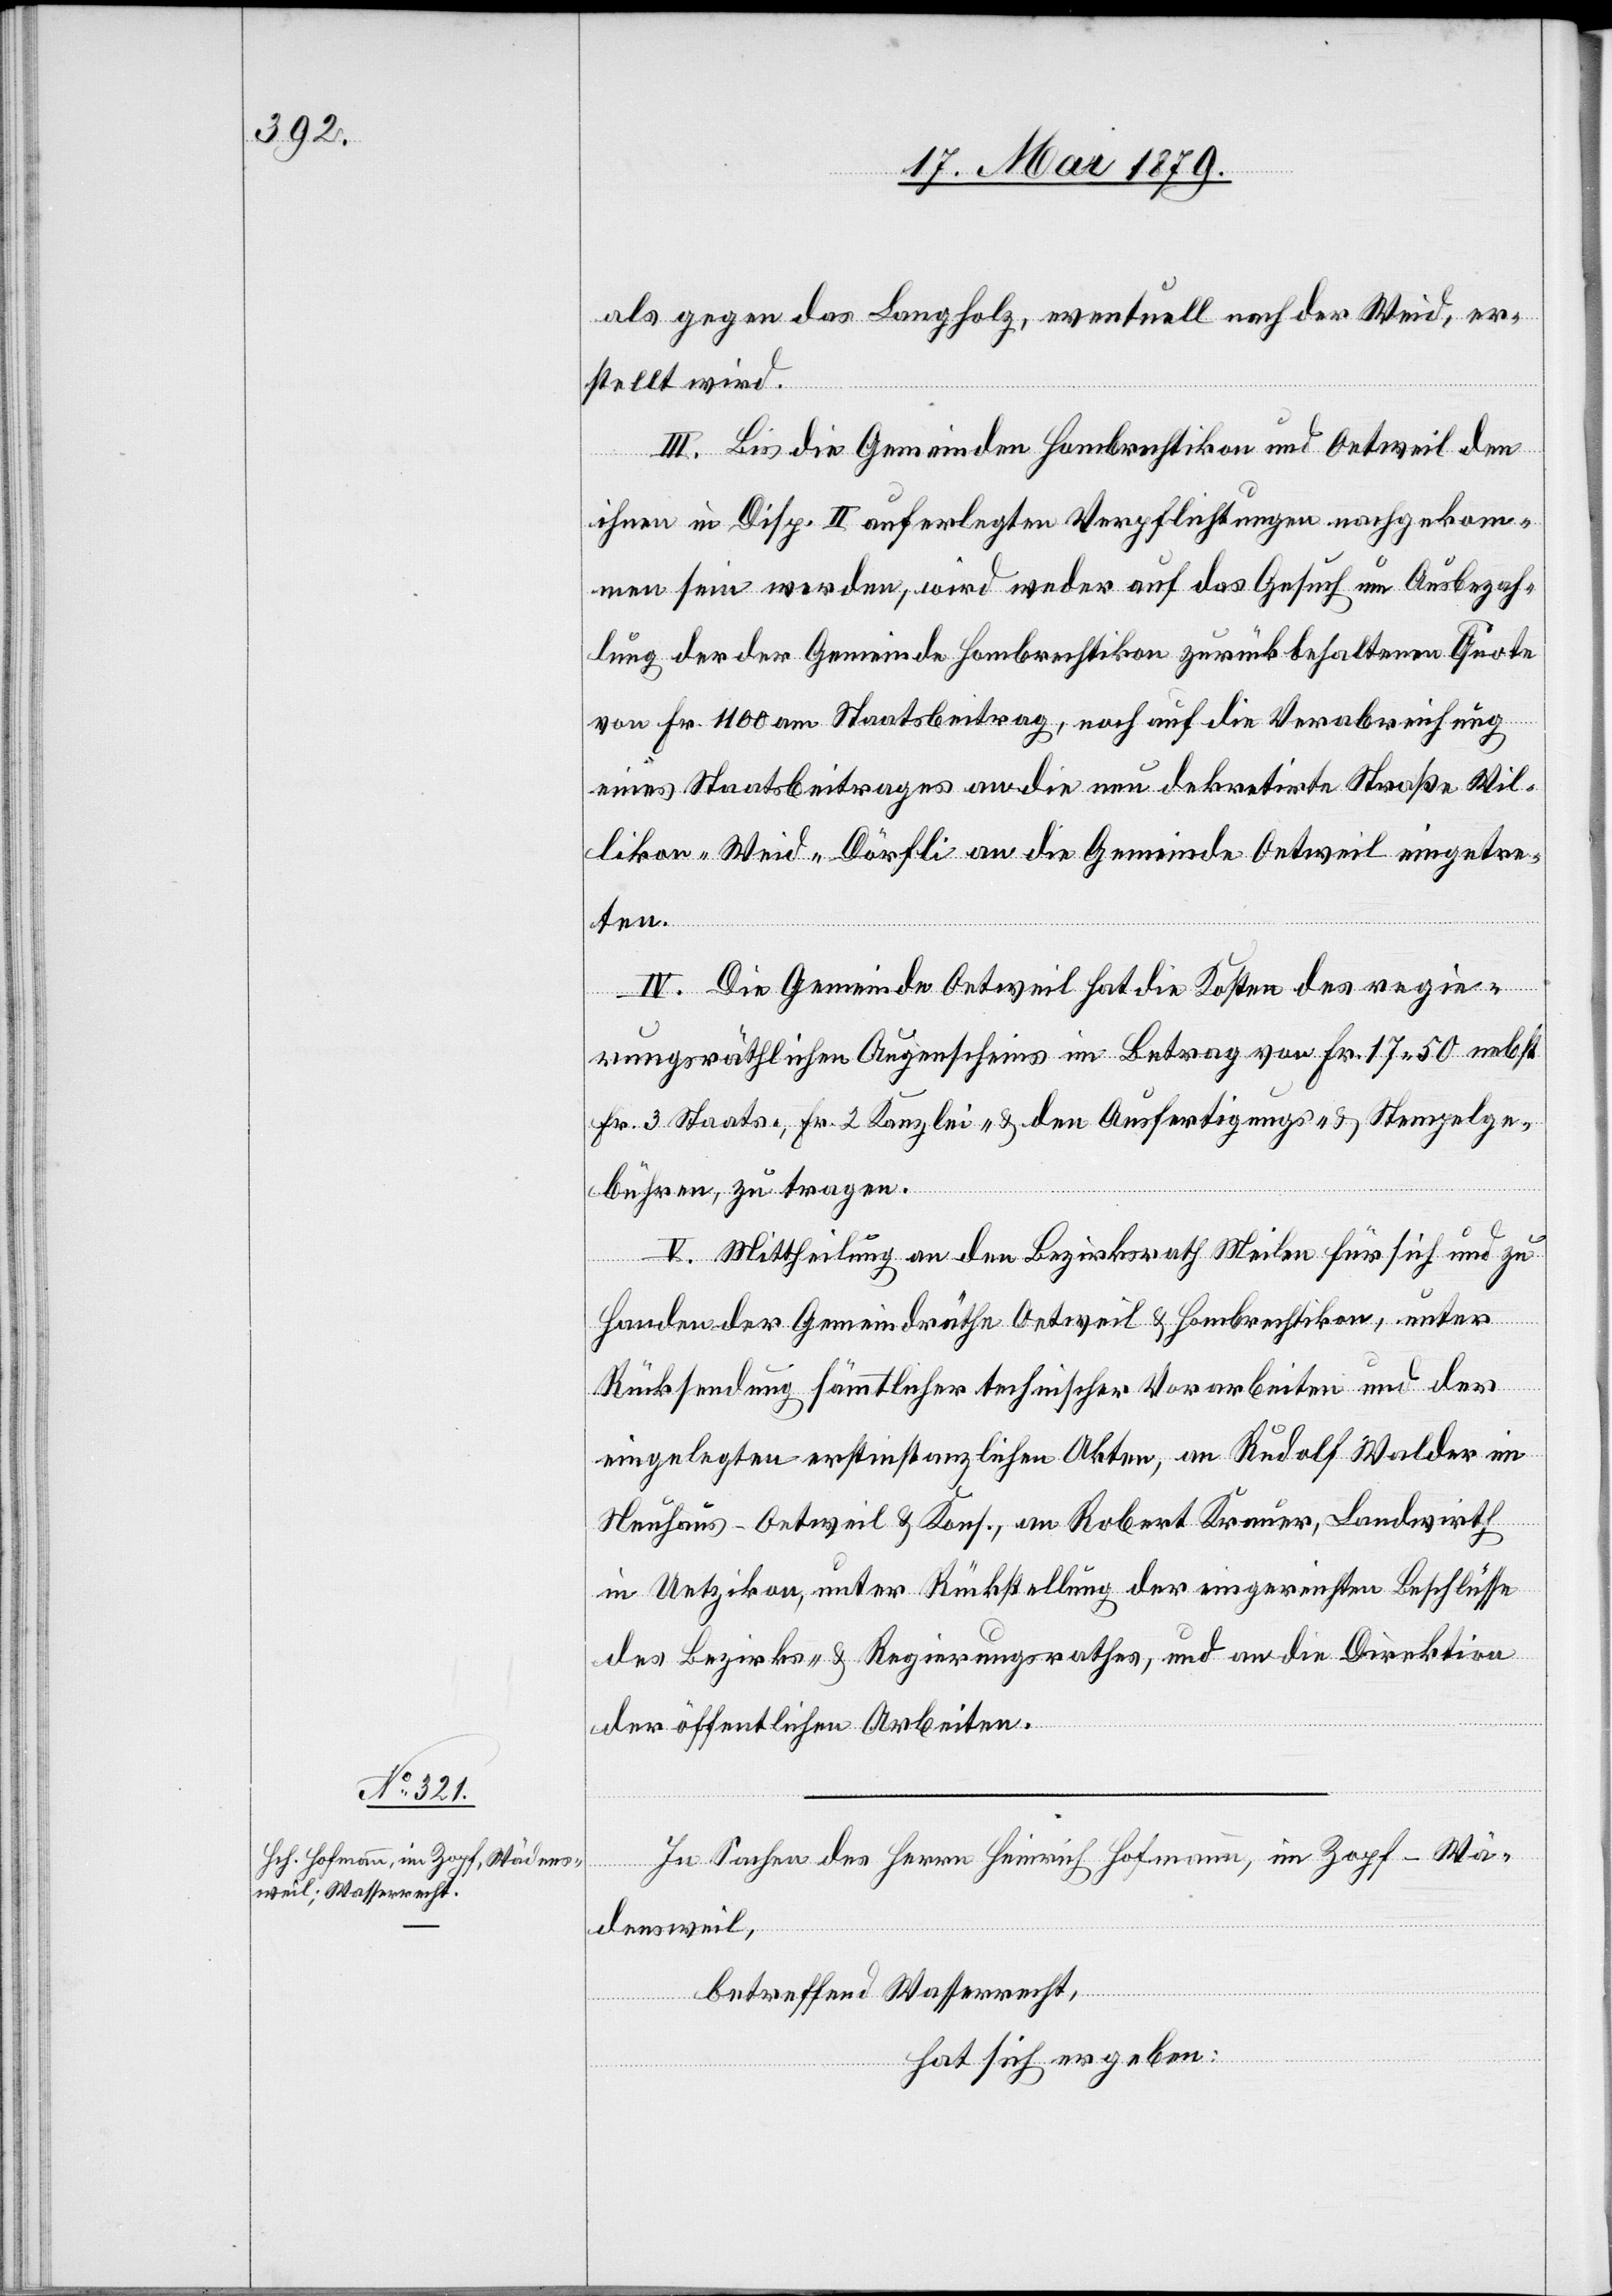
als gegen das Langholz, eventuell nach der Weid, er¬
stellt wird.
III. Bis die Gemeinden Hombrechtikon und Oetweil den
ihnen in Disp. II auferlegten Verpflichtungen nachgekom¬
men sein werden, wird weder auf das Gesuch um Ausbezah¬
lung der der Gemeinde Hombrechtikon zurückbehaltenen Quote
von Fr. 1100 am Staatsbeitrag, noch auf die Verabreichung
eines Staatsbeitrages an die neu dekretirte Straße Wil¬
likon–Weid–Dörfli an die Gemeinde Oetweil eingetre¬
ten.
IV. Die Gemeinde Oetweil hat die Kosten des regie¬
rungsräthlichen Augenscheins im Betrag von Fr. 17 50 nebst
Fr. 3 Staats-, Fr. 2 Kanzlei- & den Ausfertigungs- & Stempelge¬
bühren, zu tragen.
V. Mittheilung an den Bezirksrath Meilen für sich und zu
Handen der Gemeindräthe Oetweil & Hombrechtikon, unter
Rücksendung sämmtlicher technischer Vorarbeiten und der
eingelegten erstinstanzlichen Akten, an Rudolf Walder im
Neuhaus - Oetweil & Kons., an Robert Krauer, Landwirth
in Uetzikon, unter Rückstellung der eingereichten Beschlüsse
des Bezirks- & Regierungsrathes, und an die Direktion
der öffentlichen Arbeiten.
In Sachen des Herrn Heinrich Hofmann, im Zopf - Wä¬
densweil,
betreffend Wasserrecht,
hat sich ergeben: